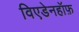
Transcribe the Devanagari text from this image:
विएडेनहॉफ़